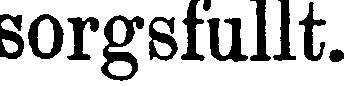
sorgsfullt.